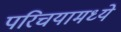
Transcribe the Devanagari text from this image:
परिचयामध्ये